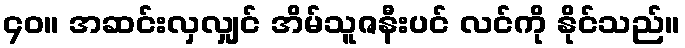
၄၀။ အဆင်းလှလျှင် အိမ်သူဇနီးပင် လင်ကို နိုင်သည်။